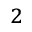
^ 2